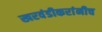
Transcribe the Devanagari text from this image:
खरवंडीकरांनीच